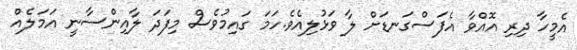
އެމީހާ ދިރި އޮއްވާ އެފަސްގަނޑަށް ލާ ވަޅުލިއެވެ.ހަމަ ގައިމުވެސް މިފަދަ ލާއިންސާނީ އަމަލެއް